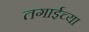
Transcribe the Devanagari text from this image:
तगाईच्या